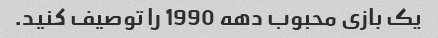
یک بازی محبوب دهه 1990 را توصیف کنید.